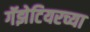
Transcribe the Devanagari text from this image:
गॅझेटियरच्या